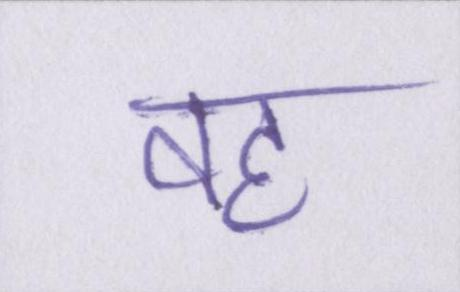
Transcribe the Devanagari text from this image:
वह